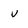
Character: v